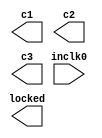
// megafunction wizard: %ALTPLL%VBB%
// GENERATION: STANDARD
// VERSION: WM1.0
// MODULE: altpll 

// ============================================================
// Megafunction Name(s):
// 			altpll
//
// Simulation Library Files(s):
// 			altera_mf
// ============================================================
// ************************************************************
// THIS IS A WIZARD-GENERATED FILE. DO NOT EDIT THIS FILE!
//
// 13.1.0 Build 162 10/23/2013 SJ Web Edition
// ************************************************************

//Copyright (C) 1991-2013 Altera Corporation
//Your use of Altera Corporation's design tools, logic functions 
//and other software and tools, and its AMPP partner logic 
//functions, and any output files from any of the foregoing 
//(including device programming or simulation files), and any 
//associated documentation or information are expressly subject 
//to the terms and conditions of the Altera Program License 
//Subscription Agreement, Altera MegaCore Function License 
//Agreement, or other applicable license agreement, including, 
//without limitation, that your use is for the sole purpose of 
//programming logic devices manufactured by Altera and sold by 
//Altera or its authorized distributors.  Please refer to the 
//applicable agreement for further details.

module jtframe_pll0 (
	inclk0,
	c1,
	c2,
	c3,
	locked);

	input	  inclk0;
	output	  c1;
	output	  c2;
	output	  c3;
	output	  locked;

endmodule

// ============================================================
// CNX file retrieval info
// ============================================================
// Retrieval info: PRIVATE: ACTIVECLK_CHECK STRING "0"
// Retrieval info: PRIVATE: BANDWIDTH STRING "1.000"
// Retrieval info: PRIVATE: BANDWIDTH_FEATURE_ENABLED STRING "1"
// Retrieval info: PRIVATE: BANDWIDTH_FREQ_UNIT STRING "MHz"
// Retrieval info: PRIVATE: BANDWIDTH_PRESET STRING "Low"
// Retrieval info: PRIVATE: BANDWIDTH_USE_AUTO STRING "1"
// Retrieval info: PRIVATE: BANDWIDTH_USE_PRESET STRING "0"
// Retrieval info: PRIVATE: CLKBAD_SWITCHOVER_CHECK STRING "0"
// Retrieval info: PRIVATE: CLKLOSS_CHECK STRING "0"
// Retrieval info: PRIVATE: CLKSWITCH_CHECK STRING "0"
// Retrieval info: PRIVATE: CNX_NO_COMPENSATE_RADIO STRING "0"
// Retrieval info: PRIVATE: CREATE_CLKBAD_CHECK STRING "0"
// Retrieval info: PRIVATE: CREATE_INCLK1_CHECK STRING "0"
// Retrieval info: PRIVATE: CUR_DEDICATED_CLK STRING "c1"
// Retrieval info: PRIVATE: CUR_FBIN_CLK STRING "c0"
// Retrieval info: PRIVATE: DEVICE_SPEED_GRADE STRING "8"
// Retrieval info: PRIVATE: DIV_FACTOR1 NUMERIC "3"
// Retrieval info: PRIVATE: DIV_FACTOR2 NUMERIC "1"
// Retrieval info: PRIVATE: DIV_FACTOR3 NUMERIC "1"
// Retrieval info: PRIVATE: DUTY_CYCLE1 STRING "50.00000000"
// Retrieval info: PRIVATE: DUTY_CYCLE2 STRING "50.00000000"
// Retrieval info: PRIVATE: DUTY_CYCLE3 STRING "50.00000000"
// Retrieval info: PRIVATE: EFF_OUTPUT_FREQ_VALUE1 STRING "48.000000"
// Retrieval info: PRIVATE: EFF_OUTPUT_FREQ_VALUE2 STRING "48.000000"
// Retrieval info: PRIVATE: EFF_OUTPUT_FREQ_VALUE3 STRING "48.000000"
// Retrieval info: PRIVATE: EXPLICIT_SWITCHOVER_COUNTER STRING "0"
// Retrieval info: PRIVATE: EXT_FEEDBACK_RADIO STRING "0"
// Retrieval info: PRIVATE: GLOCKED_COUNTER_EDIT_CHANGED STRING "1"
// Retrieval info: PRIVATE: GLOCKED_FEATURE_ENABLED STRING "0"
// Retrieval info: PRIVATE: GLOCKED_MODE_CHECK STRING "0"
// Retrieval info: PRIVATE: GLOCK_COUNTER_EDIT NUMERIC "1048575"
// Retrieval info: PRIVATE: HAS_MANUAL_SWITCHOVER STRING "1"
// Retrieval info: PRIVATE: INCLK0_FREQ_EDIT STRING "27.000"
// Retrieval info: PRIVATE: INCLK0_FREQ_UNIT_COMBO STRING "MHz"
// Retrieval info: PRIVATE: INCLK1_FREQ_EDIT STRING "25.000"
// Retrieval info: PRIVATE: INCLK1_FREQ_EDIT_CHANGED STRING "1"
// Retrieval info: PRIVATE: INCLK1_FREQ_UNIT_CHANGED STRING "1"
// Retrieval info: PRIVATE: INCLK1_FREQ_UNIT_COMBO STRING "MHz"
// Retrieval info: PRIVATE: INTENDED_DEVICE_FAMILY STRING "Cyclone III"
// Retrieval info: PRIVATE: INT_FEEDBACK__MODE_RADIO STRING "1"
// Retrieval info: PRIVATE: LOCKED_OUTPUT_CHECK STRING "1"
// Retrieval info: PRIVATE: LONG_SCAN_RADIO STRING "1"
// Retrieval info: PRIVATE: LVDS_MODE_DATA_RATE STRING "Not Available"
// Retrieval info: PRIVATE: LVDS_MODE_DATA_RATE_DIRTY NUMERIC "0"
// Retrieval info: PRIVATE: LVDS_PHASE_SHIFT_UNIT1 STRING "deg"
// Retrieval info: PRIVATE: LVDS_PHASE_SHIFT_UNIT2 STRING "deg"
// Retrieval info: PRIVATE: LVDS_PHASE_SHIFT_UNIT3 STRING "ps"
// Retrieval info: PRIVATE: MIG_DEVICE_SPEED_GRADE STRING "Any"
// Retrieval info: PRIVATE: MIRROR_CLK1 STRING "0"
// Retrieval info: PRIVATE: MIRROR_CLK2 STRING "0"
// Retrieval info: PRIVATE: MIRROR_CLK3 STRING "0"
// Retrieval info: PRIVATE: MULT_FACTOR1 NUMERIC "4"
// Retrieval info: PRIVATE: MULT_FACTOR2 NUMERIC "1"
// Retrieval info: PRIVATE: MULT_FACTOR3 NUMERIC "1"
// Retrieval info: PRIVATE: NORMAL_MODE_RADIO STRING "1"
// Retrieval info: PRIVATE: OUTPUT_FREQ1 STRING "48.00000000"
// Retrieval info: PRIVATE: OUTPUT_FREQ2 STRING "48.00000000"
// Retrieval info: PRIVATE: OUTPUT_FREQ3 STRING "48.00000000"
// Retrieval info: PRIVATE: OUTPUT_FREQ_MODE1 STRING "1"
// Retrieval info: PRIVATE: OUTPUT_FREQ_MODE2 STRING "1"
// Retrieval info: PRIVATE: OUTPUT_FREQ_MODE3 STRING "1"
// Retrieval info: PRIVATE: OUTPUT_FREQ_UNIT1 STRING "MHz"
// Retrieval info: PRIVATE: OUTPUT_FREQ_UNIT2 STRING "MHz"
// Retrieval info: PRIVATE: OUTPUT_FREQ_UNIT3 STRING "MHz"
// Retrieval info: PRIVATE: PHASE_RECONFIG_FEATURE_ENABLED STRING "1"
// Retrieval info: PRIVATE: PHASE_RECONFIG_INPUTS_CHECK STRING "0"
// Retrieval info: PRIVATE: PHASE_SHIFT1 STRING "0.00000000"
// Retrieval info: PRIVATE: PHASE_SHIFT2 STRING "180.00000000"
// Retrieval info: PRIVATE: PHASE_SHIFT3 STRING "0.00000000"
// Retrieval info: PRIVATE: PHASE_SHIFT_STEP_ENABLED_CHECK STRING "0"
// Retrieval info: PRIVATE: PHASE_SHIFT_UNIT1 STRING "deg"
// Retrieval info: PRIVATE: PHASE_SHIFT_UNIT2 STRING "deg"
// Retrieval info: PRIVATE: PHASE_SHIFT_UNIT3 STRING "ps"
// Retrieval info: PRIVATE: PLL_ADVANCED_PARAM_CHECK STRING "0"
// Retrieval info: PRIVATE: PLL_ARESET_CHECK STRING "0"
// Retrieval info: PRIVATE: PLL_AUTOPLL_CHECK NUMERIC "1"
// Retrieval info: PRIVATE: PLL_ENHPLL_CHECK NUMERIC "0"
// Retrieval info: PRIVATE: PLL_FASTPLL_CHECK NUMERIC "0"
// Retrieval info: PRIVATE: PLL_FBMIMIC_CHECK STRING "0"
// Retrieval info: PRIVATE: PLL_LVDS_PLL_CHECK NUMERIC "0"
// Retrieval info: PRIVATE: PLL_PFDENA_CHECK STRING "0"
// Retrieval info: PRIVATE: PLL_TARGET_HARCOPY_CHECK NUMERIC "0"
// Retrieval info: PRIVATE: PRIMARY_CLK_COMBO STRING "inclk0"
// Retrieval info: PRIVATE: RECONFIG_FILE STRING "jtframe_pll0.mif"
// Retrieval info: PRIVATE: SACN_INPUTS_CHECK STRING "0"
// Retrieval info: PRIVATE: SCAN_FEATURE_ENABLED STRING "1"
// Retrieval info: PRIVATE: SELF_RESET_LOCK_LOSS STRING "1"
// Retrieval info: PRIVATE: SHORT_SCAN_RADIO STRING "0"
// Retrieval info: PRIVATE: SPREAD_FEATURE_ENABLED STRING "0"
// Retrieval info: PRIVATE: SPREAD_FREQ STRING "50.000"
// Retrieval info: PRIVATE: SPREAD_FREQ_UNIT STRING "KHz"
// Retrieval info: PRIVATE: SPREAD_PERCENT STRING "0.000"
// Retrieval info: PRIVATE: SPREAD_USE STRING "0"
// Retrieval info: PRIVATE: SRC_SYNCH_COMP_RADIO STRING "0"
// Retrieval info: PRIVATE: STICKY_CLK1 STRING "1"
// Retrieval info: PRIVATE: STICKY_CLK2 STRING "1"
// Retrieval info: PRIVATE: STICKY_CLK3 STRING "1"
// Retrieval info: PRIVATE: SWITCHOVER_COUNT_EDIT NUMERIC "1"
// Retrieval info: PRIVATE: SWITCHOVER_FEATURE_ENABLED STRING "1"
// Retrieval info: PRIVATE: SYNTH_WRAPPER_GEN_POSTFIX STRING "0"
// Retrieval info: PRIVATE: USE_CLK1 STRING "1"
// Retrieval info: PRIVATE: USE_CLK2 STRING "1"
// Retrieval info: PRIVATE: USE_CLK3 STRING "1"
// Retrieval info: PRIVATE: USE_CLKENA1 STRING "0"
// Retrieval info: PRIVATE: USE_CLKENA2 STRING "0"
// Retrieval info: PRIVATE: USE_CLKENA3 STRING "0"
// Retrieval info: PRIVATE: USE_MIL_SPEED_GRADE NUMERIC "0"
// Retrieval info: PRIVATE: ZERO_DELAY_RADIO STRING "0"
// Retrieval info: LIBRARY: altera_mf altera_mf.altera_mf_components.all
// Retrieval info: CONSTANT: BANDWIDTH_TYPE STRING "AUTO"
// Retrieval info: CONSTANT: CLK1_DIVIDE_BY NUMERIC "9"
// Retrieval info: CONSTANT: CLK1_DUTY_CYCLE NUMERIC "50"
// Retrieval info: CONSTANT: CLK1_MULTIPLY_BY NUMERIC "16"
// Retrieval info: CONSTANT: CLK1_PHASE_SHIFT STRING "0"
// Retrieval info: CONSTANT: CLK2_DIVIDE_BY NUMERIC "9"
// Retrieval info: CONSTANT: CLK2_DUTY_CYCLE NUMERIC "50"
// Retrieval info: CONSTANT: CLK2_MULTIPLY_BY NUMERIC "16"
// Retrieval info: CONSTANT: CLK2_PHASE_SHIFT STRING "10417"
// Retrieval info: CONSTANT: CLK3_DIVIDE_BY NUMERIC "9"
// Retrieval info: CONSTANT: CLK3_DUTY_CYCLE NUMERIC "50"
// Retrieval info: CONSTANT: CLK3_MULTIPLY_BY NUMERIC "16"
// Retrieval info: CONSTANT: CLK3_PHASE_SHIFT STRING "0"
// Retrieval info: CONSTANT: COMPENSATE_CLOCK STRING "CLK1"
// Retrieval info: CONSTANT: INCLK0_INPUT_FREQUENCY NUMERIC "37037"
// Retrieval info: CONSTANT: INTENDED_DEVICE_FAMILY STRING "Cyclone III"
// Retrieval info: CONSTANT: LPM_TYPE STRING "altpll"
// Retrieval info: CONSTANT: OPERATION_MODE STRING "NORMAL"
// Retrieval info: CONSTANT: PLL_TYPE STRING "AUTO"
// Retrieval info: CONSTANT: PORT_ACTIVECLOCK STRING "PORT_UNUSED"
// Retrieval info: CONSTANT: PORT_ARESET STRING "PORT_UNUSED"
// Retrieval info: CONSTANT: PORT_CLKBAD0 STRING "PORT_UNUSED"
// Retrieval info: CONSTANT: PORT_CLKBAD1 STRING "PORT_UNUSED"
// Retrieval info: CONSTANT: PORT_CLKLOSS STRING "PORT_UNUSED"
// Retrieval info: CONSTANT: PORT_CLKSWITCH STRING "PORT_UNUSED"
// Retrieval info: CONSTANT: PORT_CONFIGUPDATE STRING "PORT_UNUSED"
// Retrieval info: CONSTANT: PORT_FBIN STRING "PORT_UNUSED"
// Retrieval info: CONSTANT: PORT_INCLK0 STRING "PORT_USED"
// Retrieval info: CONSTANT: PORT_INCLK1 STRING "PORT_UNUSED"
// Retrieval info: CONSTANT: PORT_LOCKED STRING "PORT_USED"
// Retrieval info: CONSTANT: PORT_PFDENA STRING "PORT_UNUSED"
// Retrieval info: CONSTANT: PORT_PHASECOUNTERSELECT STRING "PORT_UNUSED"
// Retrieval info: CONSTANT: PORT_PHASEDONE STRING "PORT_UNUSED"
// Retrieval info: CONSTANT: PORT_PHASESTEP STRING "PORT_UNUSED"
// Retrieval info: CONSTANT: PORT_PHASEUPDOWN STRING "PORT_UNUSED"
// Retrieval info: CONSTANT: PORT_PLLENA STRING "PORT_UNUSED"
// Retrieval info: CONSTANT: PORT_SCANACLR STRING "PORT_UNUSED"
// Retrieval info: CONSTANT: PORT_SCANCLK STRING "PORT_UNUSED"
// Retrieval info: CONSTANT: PORT_SCANCLKENA STRING "PORT_UNUSED"
// Retrieval info: CONSTANT: PORT_SCANDATA STRING "PORT_UNUSED"
// Retrieval info: CONSTANT: PORT_SCANDATAOUT STRING "PORT_UNUSED"
// Retrieval info: CONSTANT: PORT_SCANDONE STRING "PORT_UNUSED"
// Retrieval info: CONSTANT: PORT_SCANREAD STRING "PORT_UNUSED"
// Retrieval info: CONSTANT: PORT_SCANWRITE STRING "PORT_UNUSED"
// Retrieval info: CONSTANT: PORT_clk0 STRING "PORT_UNUSED"
// Retrieval info: CONSTANT: PORT_clk1 STRING "PORT_USED"
// Retrieval info: CONSTANT: PORT_clk2 STRING "PORT_USED"
// Retrieval info: CONSTANT: PORT_clk3 STRING "PORT_USED"
// Retrieval info: CONSTANT: PORT_clk4 STRING "PORT_UNUSED"
// Retrieval info: CONSTANT: PORT_clk5 STRING "PORT_UNUSED"
// Retrieval info: CONSTANT: PORT_clkena0 STRING "PORT_UNUSED"
// Retrieval info: CONSTANT: PORT_clkena1 STRING "PORT_UNUSED"
// Retrieval info: CONSTANT: PORT_clkena2 STRING "PORT_UNUSED"
// Retrieval info: CONSTANT: PORT_clkena3 STRING "PORT_UNUSED"
// Retrieval info: CONSTANT: PORT_clkena4 STRING "PORT_UNUSED"
// Retrieval info: CONSTANT: PORT_clkena5 STRING "PORT_UNUSED"
// Retrieval info: CONSTANT: PORT_extclk0 STRING "PORT_UNUSED"
// Retrieval info: CONSTANT: PORT_extclk1 STRING "PORT_UNUSED"
// Retrieval info: CONSTANT: PORT_extclk2 STRING "PORT_UNUSED"
// Retrieval info: CONSTANT: PORT_extclk3 STRING "PORT_UNUSED"
// Retrieval info: CONSTANT: SELF_RESET_ON_LOSS_LOCK STRING "ON"
// Retrieval info: CONSTANT: WIDTH_CLOCK NUMERIC "5"
// Retrieval info: USED_PORT: @clk 0 0 5 0 OUTPUT_CLK_EXT VCC "@clk[4..0]"
// Retrieval info: USED_PORT: c1 0 0 0 0 OUTPUT_CLK_EXT VCC "c1"
// Retrieval info: USED_PORT: c2 0 0 0 0 OUTPUT_CLK_EXT VCC "c2"
// Retrieval info: USED_PORT: c3 0 0 0 0 OUTPUT_CLK_EXT VCC "c3"
// Retrieval info: USED_PORT: inclk0 0 0 0 0 INPUT_CLK_EXT GND "inclk0"
// Retrieval info: USED_PORT: locked 0 0 0 0 OUTPUT GND "locked"
// Retrieval info: CONNECT: @inclk 0 0 1 1 GND 0 0 0 0
// Retrieval info: CONNECT: @inclk 0 0 1 0 inclk0 0 0 0 0
// Retrieval info: CONNECT: c1 0 0 0 0 @clk 0 0 1 1
// Retrieval info: CONNECT: c2 0 0 0 0 @clk 0 0 1 2
// Retrieval info: CONNECT: c3 0 0 0 0 @clk 0 0 1 3
// Retrieval info: CONNECT: locked 0 0 0 0 @locked 0 0 0 0
// Retrieval info: GEN_FILE: TYPE_NORMAL jtframe_pll0.v TRUE
// Retrieval info: GEN_FILE: TYPE_NORMAL jtframe_pll0.ppf TRUE
// Retrieval info: GEN_FILE: TYPE_NORMAL jtframe_pll0.inc FALSE
// Retrieval info: GEN_FILE: TYPE_NORMAL jtframe_pll0.cmp FALSE
// Retrieval info: GEN_FILE: TYPE_NORMAL jtframe_pll0.bsf FALSE
// Retrieval info: GEN_FILE: TYPE_NORMAL jtframe_pll0_inst.v FALSE
// Retrieval info: GEN_FILE: TYPE_NORMAL jtframe_pll0_bb.v TRUE
// Retrieval info: LIB_FILE: altera_mf
// Retrieval info: CBX_MODULE_PREFIX: ON